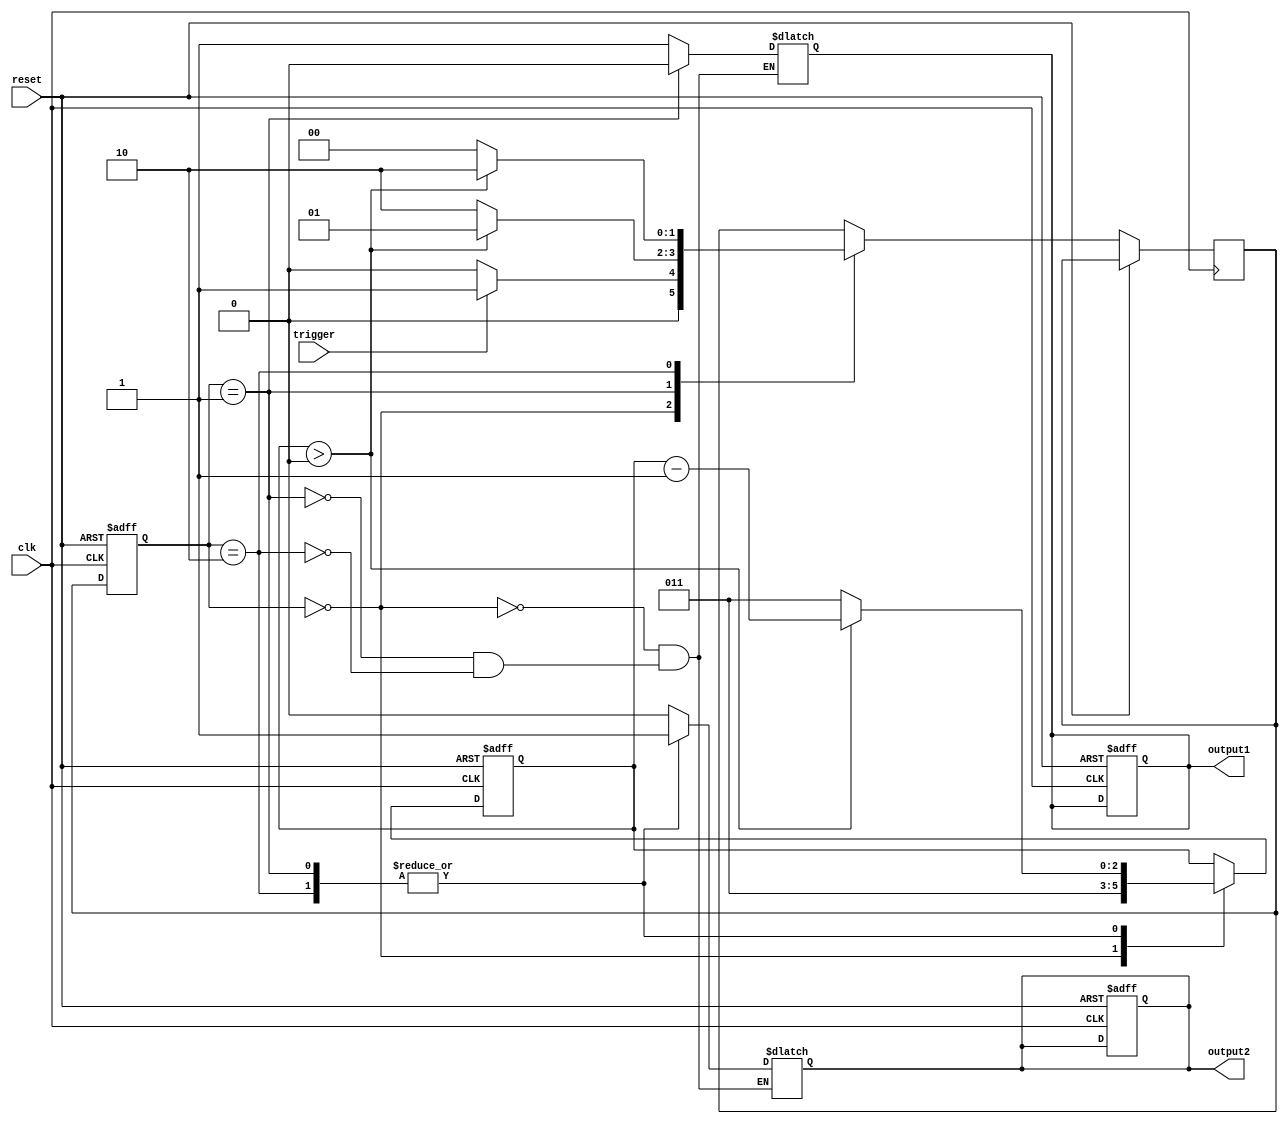
module mealy_state_machine (
    input clk, // Clock signal
    input reset, // Reset signal
    input trigger, // Input signal to trigger state transition
    output reg output1, // Output 1
    output reg output2 // Output 2
);

// Define states
parameter STATE0 = 2'b00;
parameter STATE1 = 2'b01;
parameter STATE2 = 2'b10;
reg [1:0] state, next_state;

// Define wait states
parameter WAIT_CYCLES = 3; // Number of cycles to wait before transitioning to next state
reg [2:0] wait_counter;

// State transition and output logic
always @(posedge clk or posedge reset) begin
    if (reset) begin
        state <= STATE0;
        wait_counter <= WAIT_CYCLES;
        output1 <= 0;
        output2 <= 0;
    end else begin
        state <= next_state;
        
        case (state)
            STATE0: begin
                if (trigger) begin
                    next_state = STATE1;
                    wait_counter <= WAIT_CYCLES;
                end else begin
                    next_state = STATE0;
                    wait_counter <= WAIT_CYCLES;
                end
            end
            
            STATE1: begin
                if (wait_counter > 0) begin
                    next_state = STATE1;
                    wait_counter <= wait_counter - 1;
                end else begin
                    next_state = STATE2;
                    wait_counter <= WAIT_CYCLES;
                end
            end
            
            STATE2: begin
                if (wait_counter > 0) begin
                    next_state = STATE2;
                    wait_counter <= wait_counter - 1;
                end else begin
                    next_state = STATE0;
                    wait_counter <= WAIT_CYCLES;
                end
            end
        endcase
    end
end

// Output assignment based on current state
always @(state) begin
    case (state)
        STATE0: begin
            output1 = 1;
            output2 = 0;
        end
        
        STATE1: begin
            output1 = 0;
            output2 = 1;
        end
        
        STATE2: begin
            output1 = 1;
            output2 = 1;
        end
    endcase
end

endmodule